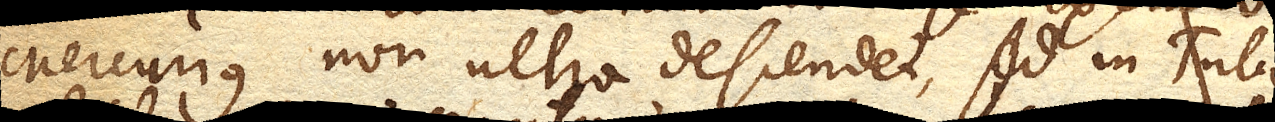
Mercurius non ultra descendet, sed in Tubo